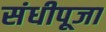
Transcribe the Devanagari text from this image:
संधीपूजा